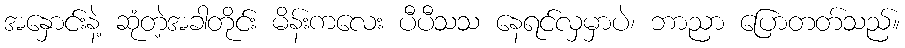
အနှောင်းနဲ့ ဆုံတဲ့အခါတိုင်း မိန်းကလေး ပီပီသသ နေရင်လှမှာပဲ၊ ဘာညာ ပြောတတ်သည်။